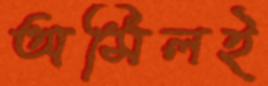
অমিলই